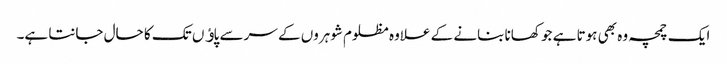
ایک چمچہ وہ بھی ہوتا ہے جو کھانا بنانے کے علاوہ مظلوم شوہروں کے سر سے پاﺅں تک کا حال جانتا ہے۔